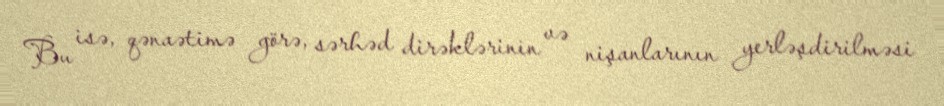
Bu isə, qənaətimə görə, sərhəd dirəklərinin və nişanlarının yerləşdirilməsi